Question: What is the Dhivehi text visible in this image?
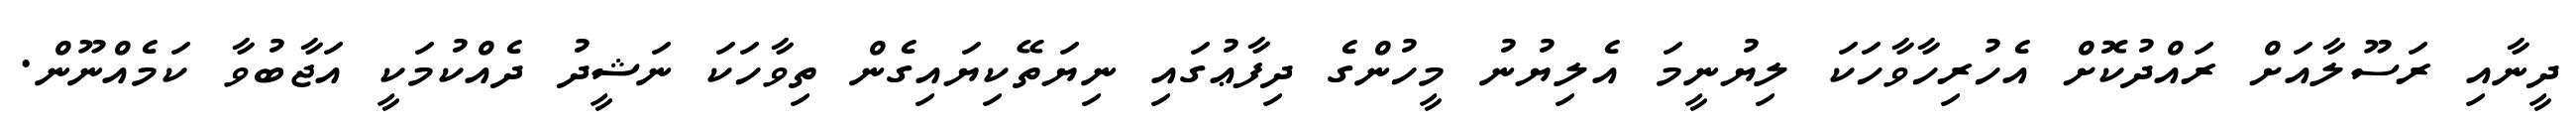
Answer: ދީނާއި ރަސޫލާއަށް ރައްދުކޮށް އެހުރިހާވާހަކަ ލިޔުނީމަ އެލިޔުނު މީހުންގެ ދިފާޢުގައި ނިޔަތޭކިޔައިގެން ތިވާހަކަ ނަޝީދު ދެއްކުމަކީ އަޖާބުވާ ކަމެއްނޫން.